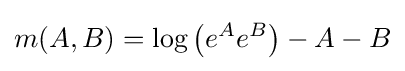
m(A,B)=\log \left(e^{A}e^{B}\right)-A-B